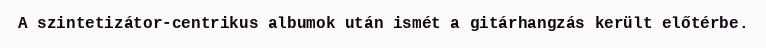
A szintetizátor-centrikus albumok után ismét a gitárhangzás került előtérbe.